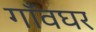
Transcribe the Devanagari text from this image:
गाँवघर